331_120752_Numeric_Files_1944–1945_37153_German_Armament_Equipment_Documents
Agency: Department of War
Incident date: 3/18/45
Incident location: Germany
Page 5
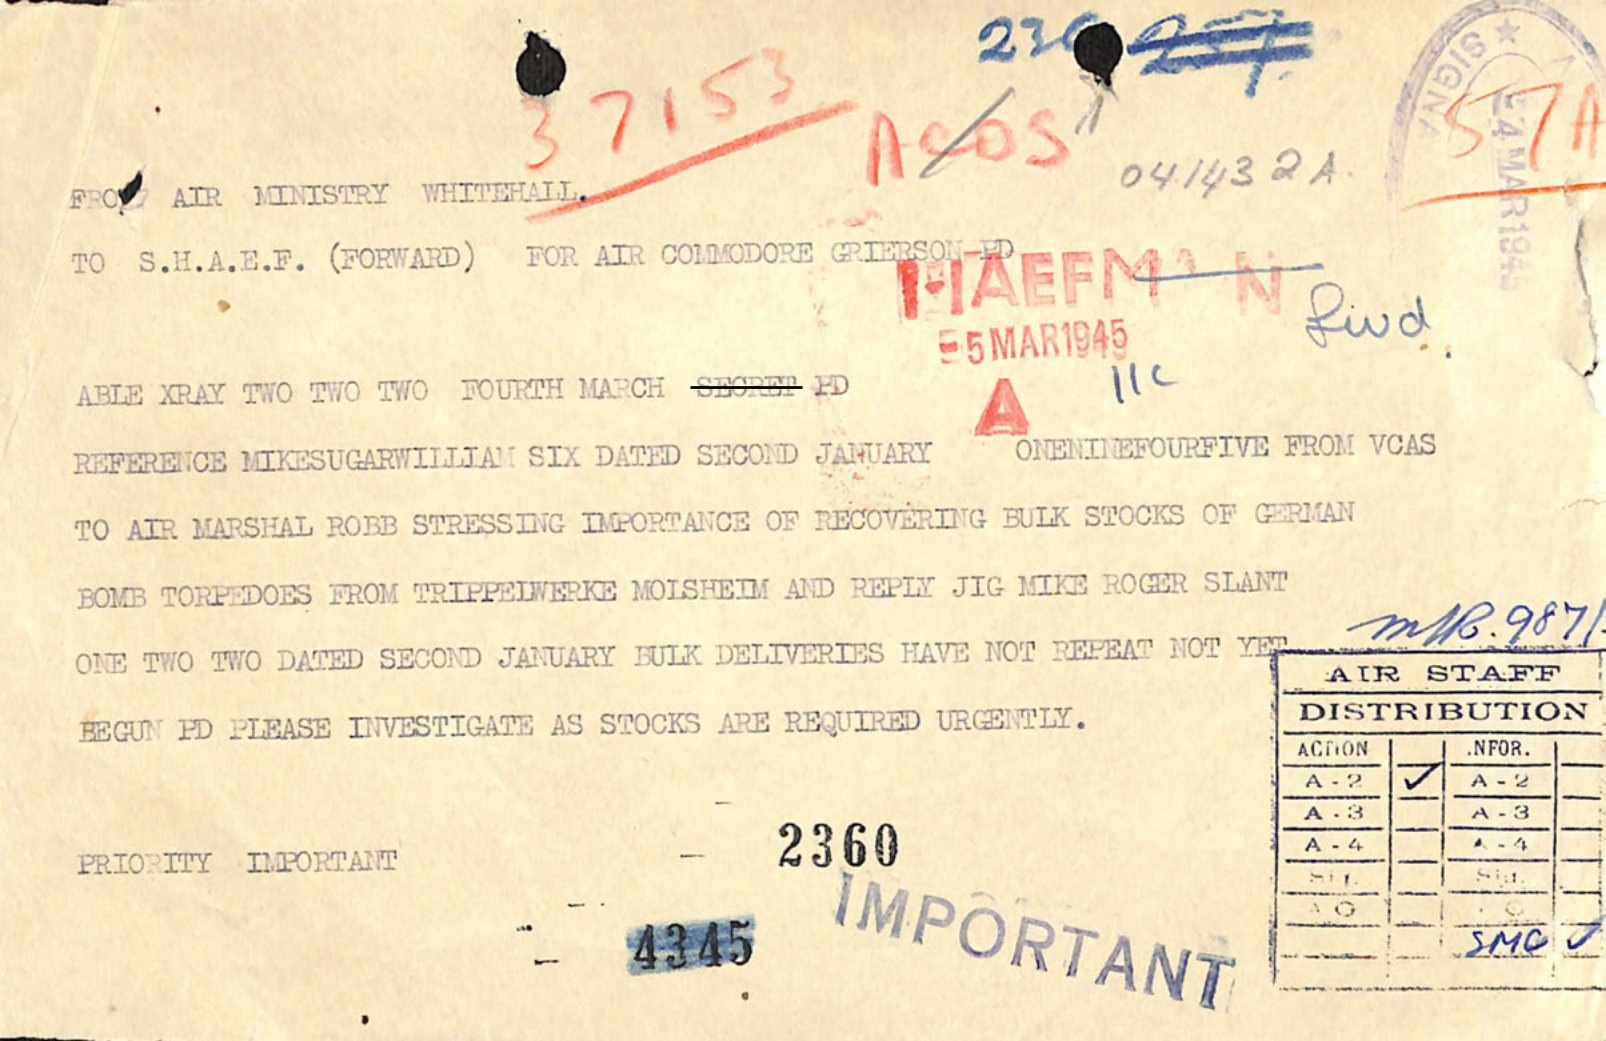